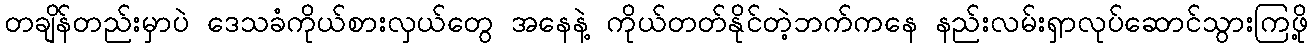
တချိန်တည်းမှာပဲ ဒေသခံကိုယ်စားလှယ်တွေ အနေနဲ့ ကိုယ်တတ်နိုင်တဲ့ဘက်ကနေ နည်းလမ်းရှာလုပ်ဆောင်သွားကြဖို့